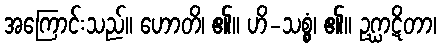
အကြောင်းသည်။ ဟောတိ၊ ၏။ ဟိ-သစ္စွံ၊ ၏။ ဥဂ္ဃာဋိတာ၊